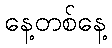
နေ့တစ်နေ့